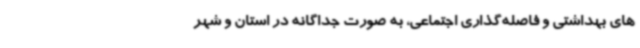
های بهداشتی و فاصله‌گذاری اجتماعی، به صورت جداگانه در استان و شهر